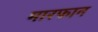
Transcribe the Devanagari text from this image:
मारफान